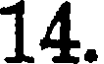
14.